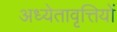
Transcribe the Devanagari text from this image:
अध्येतावृत्तियों